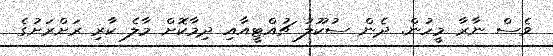
ވެސް ނާރާ މީހުން. ދެން ސުކޫލު ޗުއްޓީއާއި ދިމާކޮށް މާލެ ކާރި ރަށްރަށުގެ